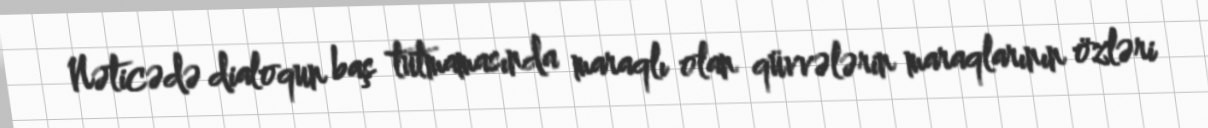
Nəticədə dialoqun baş tutmamasında maraqlı olan qüvvələrin maraqlarının özləri